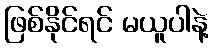
ဖြစ်နိုင်ရင် မယူပါနဲ့